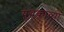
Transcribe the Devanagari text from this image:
युद्धकाव्यों